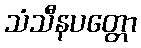
သံသီနပတ္တော